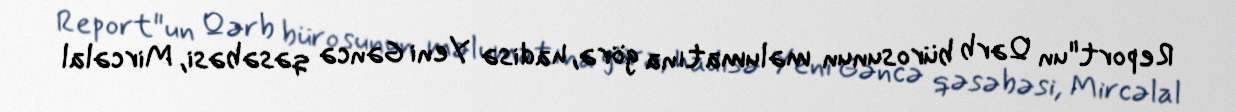
Report"un Qərb bürosunun məlumatına görə, hadisə Yeni Gəncə qəsəbəsi, Mircəlal